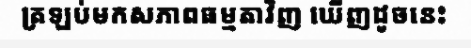
ត្រឡប់មកសភាពធម្មតាវិញ ឃើញដូចនេះ